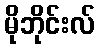
မိုဘိုင်းလ်